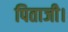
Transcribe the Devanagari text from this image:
पिताजी।